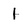
Character: 1